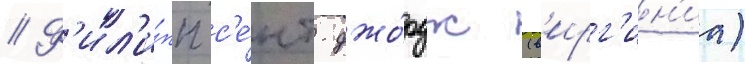
// Ф'ил'и́пп с'е́нт-джо́рдж (в'ирг'ин'иа)